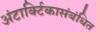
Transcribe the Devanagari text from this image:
अंटार्क्टिकासंबंधित